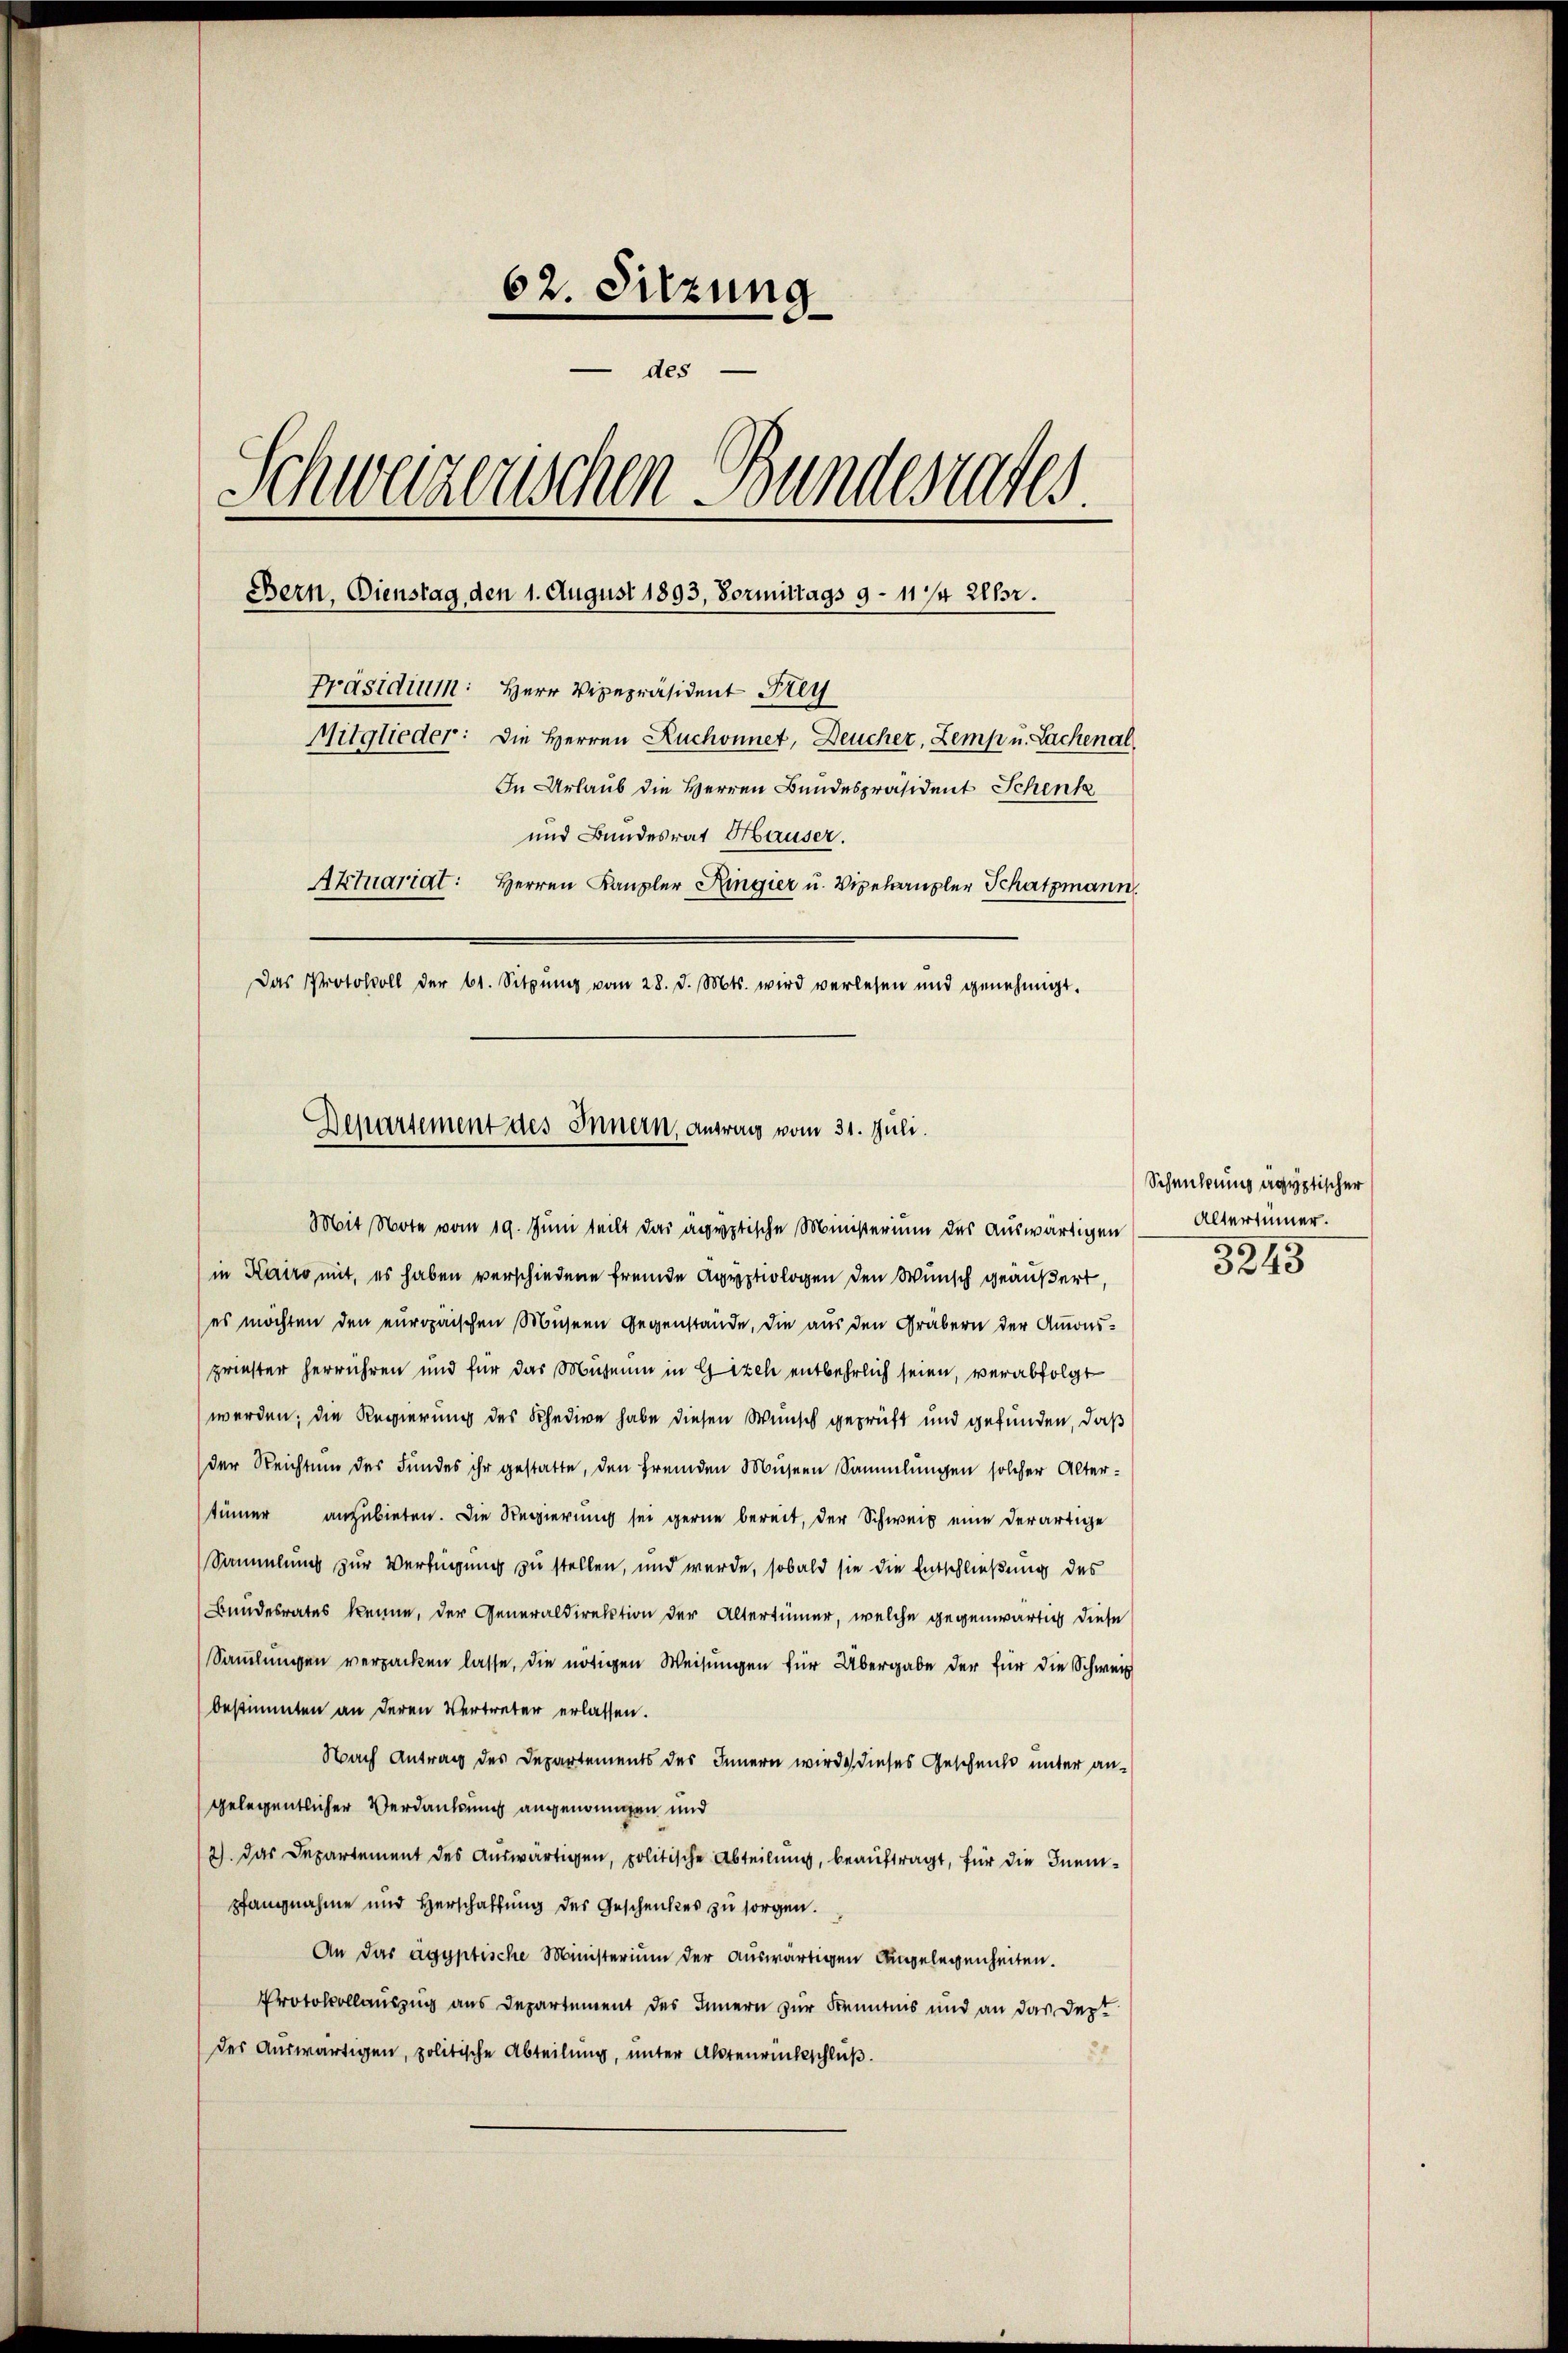
62. Sitzung
des
Schweizerischen Bundesrates
Bern, Dienstag den 1. August 1893, Vormittags 9 - 11/4 Uhr.
Präsidium: Herr Vizepräsident Frey
Mitglieder: Die Herren Ruchonnet, Deucher, Zemp u. Lachen al
In Urlaub die Herren Bundespräsident Schenk
und Bundesrat Häuser.
Aktuariat: Herren Kanzler Ringier u. Vizekanzler Schatzmann
Das Protokoll der 61. Sitzŭng vom 28. d. Mts. wird verlesen und genehmigt.

Departement des Innern, antrag vom 31. Juli.
Mit Note vom 19. Juni teilt das agyptische Ministerium des auswärtigen

in Kairo mit, es haben verschiedene fremde Apyphologen den Wunsch geäußert,
es möchten den europaischen Musern Gegenstände, die aus den Gräbern der Amonspriester herrühren und für das Muhmen in Gitch entbehrlich seien, verabfolgt
werden; die Regierung des Schedige habe diesen Wunsch geprüft und gefunden, daß
der Reichtung des Fundes ihr gestatte, den fremden Misern Sammlungen solcher Alter-
tümmer anzubieten. Die Regierung sei gerne bereit, der Schweiz eine derartige
Sammlung zur Verfügung zu stellen, und werde, sobald sie die Entschließung des
Bundesrates kenne, der Generaldirektion der Altertümer, welche gegenwärtig diese
Samlungen verpacken lasse, die nötigen Weisungen für Übergabe der für die Schweiz
bestimmten an deren Vertreter erlassen.
Nach Antrag des Departements des Innern wird dieses Geschenks unter angelegentlicher Verdankung angenommen und
2). Das Departement des Auswärtigen, politische Abteilung, beauftragt, für die Inempfangnahme und Herschaffung des Geschenkes zu sorgen.
An das ägyptische Ministerium der auswärtigen Angelegenheiten.
Protokollauszug aus Departement des Innern zur Kenntnis und an das Dep
des Auswärtigen, politische Abteilung, unter Altenrückschluß.

Schenkung ägyptischer
Altertümer.
3245